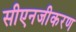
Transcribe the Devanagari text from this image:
सीएनजीकरण